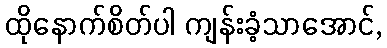
ထိုနောက်စိတ်ပါ ကျန်းခံ့သာအောင်,